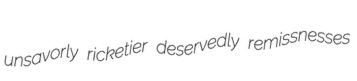
unsavorly ricketier deservedly remissnesses